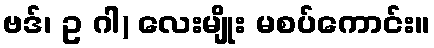
ဗဒ်၊ ဥ ဂါ) လေးမျိုး မစပ်ကောင်း။